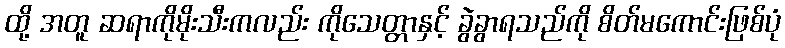
ထို့ အတူ ဆရာကိုမိုးသီးကလည်း ကိုသေတ္တာနှင့် ခွဲခွာရသည်ကို စိတ်မကောင်းဖြစ်ပုံ